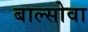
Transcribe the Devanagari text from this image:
बाल्सोवा